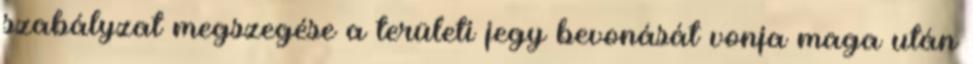
szabályzat megszegése a területi jegy bevonását vonja maga után